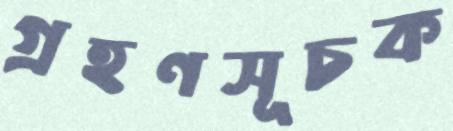
গ্রহণসূচক